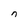
Character: n